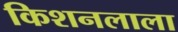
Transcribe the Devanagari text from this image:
किशनलाला